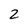
Character: 2